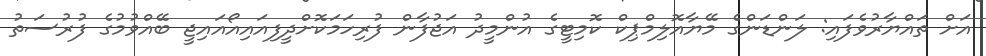
އަށް ތައްޔާރުވެފައި: ލަންޑަންގެ މޭޔާއޮލިމްޕިކް ކޮމިޓީގެ އުންމީދު އަޖުފާން ފުރިހަމަކޮށްދީފިއައިއޯއައިޖީ ބޭއްވުމުގެ ފުރުސަތު